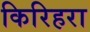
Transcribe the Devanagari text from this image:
किरिहरा